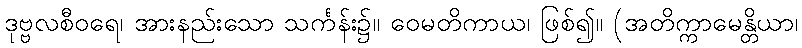
ဒုဗ္ဗလစီဝရေ၊ အားနည်းသော သင်္ကန်း၌။ ဝေမတိကာယ၊ ဖြစ်၍။ (အတိက္ကာမေန္တိယာ၊